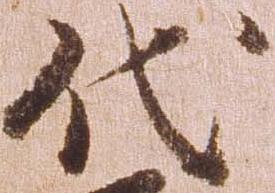
代